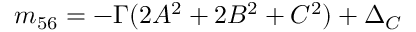
m _ { 5 6 } = - \Gamma ( 2 A ^ { 2 } + 2 B ^ { 2 } + C ^ { 2 } ) + \Delta _ { C }